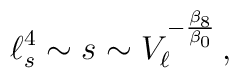
\ell^4_s \sim s \sim V_{\ell}^{-{\beta_8\over \beta_0}}\,,